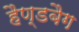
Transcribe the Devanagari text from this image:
हैण्डबैग